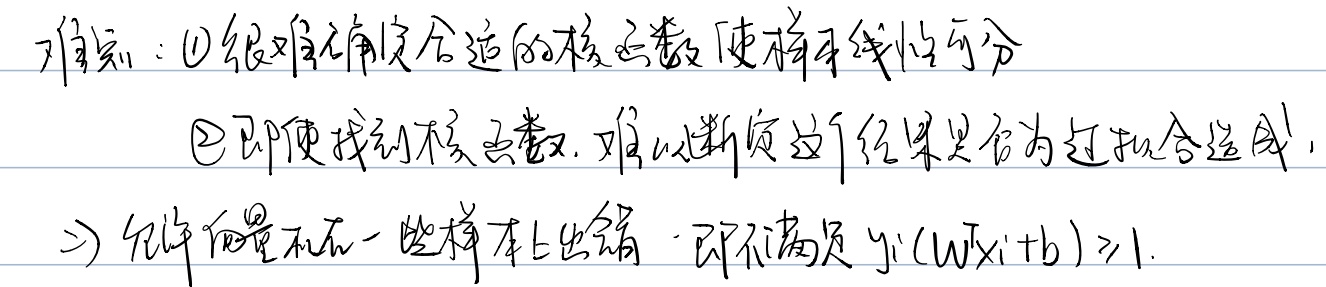
难点：\textcircled{1}很难确定合适的核函数使样本线性可分
\textcircled{2}即使找到核函数，难以断定这个结果是否为过拟合造成.
2) 允许向量在一些样本上出错，即不满足 $y_i(W^T x_i + b) \geq 1$.